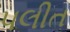
પલીત